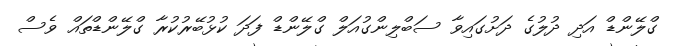
ގްލޭންޑް އަދި ދުލުގެ ދަށުގައިވާ ސަބްލިންގުއަލް ގްލޭންޑް ފަދަ ކުޅުބޭރުކުރާ ގްލޭންޑްތައް ވެސް